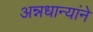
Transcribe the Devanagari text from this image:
अन्नधान्यांने